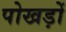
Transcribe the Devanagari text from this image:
पोखड़ों